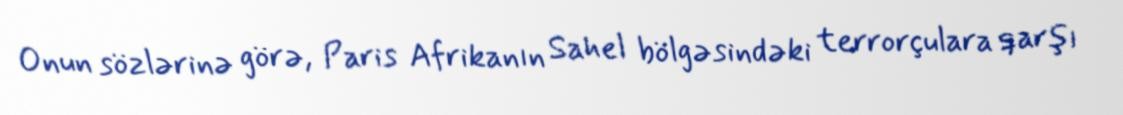
Onun sözlərinə görə, Paris Afrikanın Sahel bölgəsindəki terrorçulara qarşı